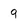
Character: 9